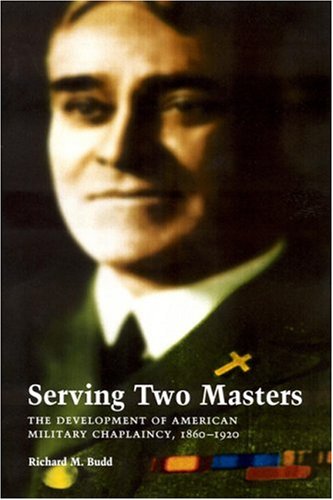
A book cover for Serving Two Masters: The Development of American Military Chaplaincy, 1860-1920; Richard M. Budd; Christian Books & Bibles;